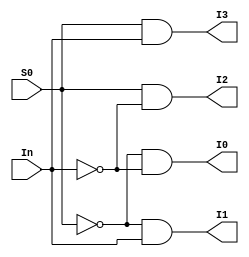
module demux(I0,I1,I2,I3,S0,In);
input S0,In;
output I0,I1,I2,I3;
assign I0=(~S0)&(~In);
assign I1=(~S0)&(In);
assign I2=(S0)&(~In);
assign I3=(S0)&(In);
endmodule
module demux_tb;
reg S0,In;
wire I0,I1,I2,I3;
demux d1(I0,I1,I2,I3,S0,In);
initial begin
    S0=0;In=0;
    $monitor("Time=%0t , S=%b, In=%b, I0=%b, I1=%b, I2=%b, I3=%b",$time,S0,In,I0,I1,I2,I3);
    #10 S0=0; In=1;
    #10 S0=1; In=0;
    #10 S0=1; In=1;
end 
endmodule